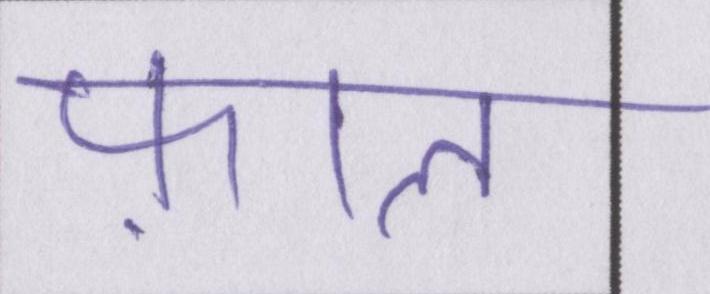
फ़ाल